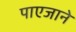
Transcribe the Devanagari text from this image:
पाएजाने